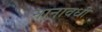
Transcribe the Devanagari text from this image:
नानावधी